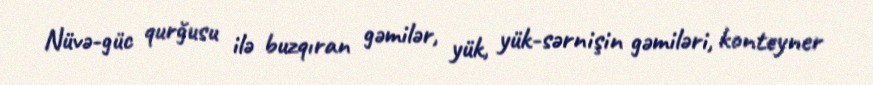
Nüvə-güc qurğusu ilə buzqıran gəmilər, yük, yük-sərnişin gəmiləri, konteyner